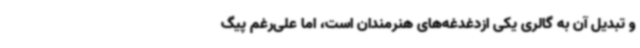
و تبدیل آن به گالری یکی ازدغدغه‌های هنرمندان است، اما علی‌رغم پیگ